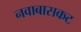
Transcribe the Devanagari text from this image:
नवाबासकट